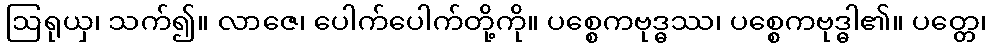
ဩရုယှ၊ သက်၍။ လာဇေ၊ ပေါက်ပေါက်တို့ကို။ ပစ္စေကဗုဒ္ဓဿ၊ ပစ္စေကဗုဒ္ဓါ၏။ ပတ္တေ၊